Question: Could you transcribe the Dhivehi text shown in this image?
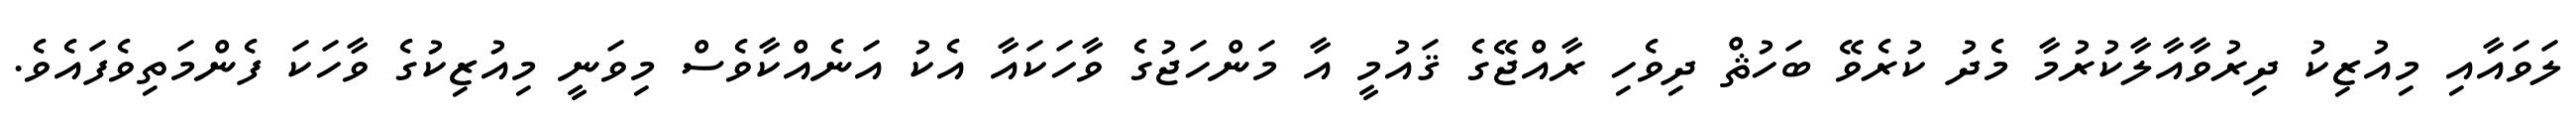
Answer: ލަވައާއި މިއުޒިކު ދިރުވާއާލާކުރުމާ މެދު ކުރެވޭ ބަހުޘް ދިވެހި ރާއްޖޭގެ ޤައުމީ އާ މަންހަޖުގެ ވާހަކައާ އެކު އަނެއްކާވެސް މިވަނީ މިއުޒިކުގެ ވާހަކަ ފެންމަތިވެފައެވެ.